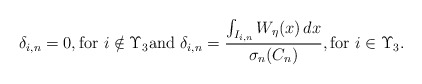
\begin{align*}\delta _{i,n}=0,\mbox{for }i\notin \Upsilon _{3}\mbox{and}\mbox{ }\delta _{i,n}=\frac{\int_{I_{i,n}}W_{\eta }(x)\,dx}{\sigma_{n}(C_{n})},\mbox{for }i\in \Upsilon _{3}. \end{align*}